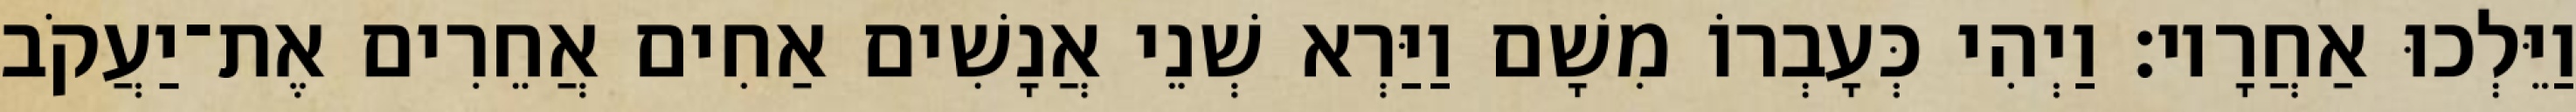
וַיֵּלְכוּ אַחֲרָיו׃ וַיְהִי כְּעָבְרוֹ מִשָׁם וַיַּרְא שְׁנֵי אֲנָשִׁים אַחִים אֲחֵרִים אֶת־יַעֲקֹב